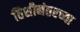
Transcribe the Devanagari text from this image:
तिशीनंतरच्या